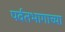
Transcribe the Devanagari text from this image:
पर्वतभागाच्या